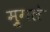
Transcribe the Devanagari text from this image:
मु्गले